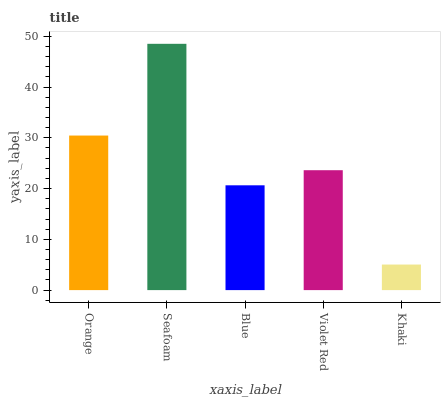
| xaxis_label | bars |
 | --- | --- |
 | Orange | 30.4 |
 | Seafoam | 48.5 |
 | Blue | 20.6 |
 | Violet Red | 23.6 |
 | Khaki | 5.04 |